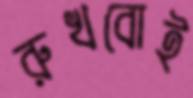
রুখবোই